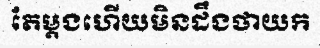
តែម្តងហើយមិនដឹងថាយក